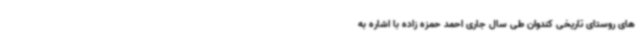
های روستای تاریخی کندوان طی سال جاری احمد حمزه‌ زاده با اشاره به